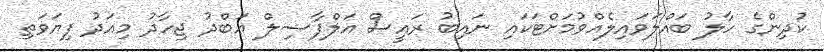
ކުދިންގެ ހާލު ބައްލަވައިލެއްވުމަށްޓަކައި ނައިބު ރައީސް އަލްފާޟިލް ޢަބްދު ޖިހާދު މިއަދު ފިޔަވަތި